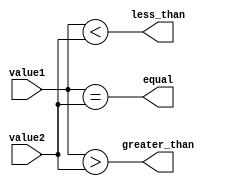
module unsigned_magnitude_comparator (
    input [7:0] value1,
    input [7:0] value2,
    output equal,
    output less_than,
    output greater_than
);

assign equal = (value1 == value2);
assign less_than = (value1 < value2);
assign greater_than = (value1 > value2);

endmodule